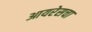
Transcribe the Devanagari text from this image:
आयरेसचा